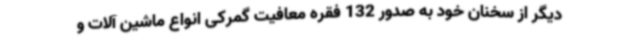
دیگر از سخنان خود به صدور 132 فقره معافیت گمرکی انواع ماشین آلات و